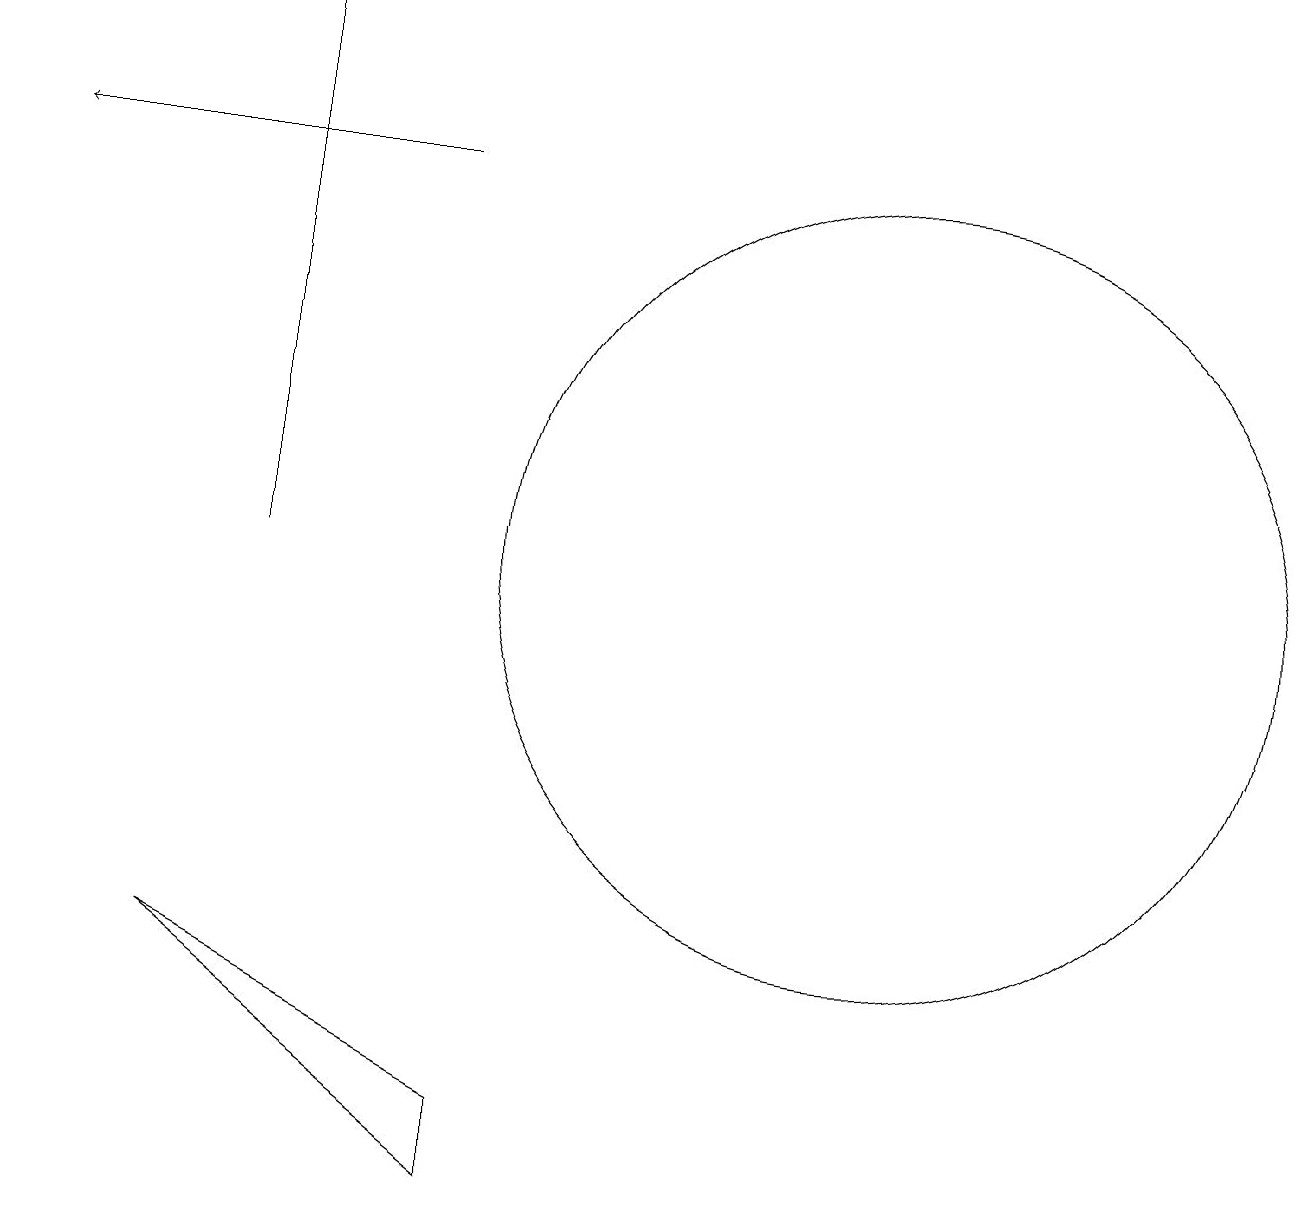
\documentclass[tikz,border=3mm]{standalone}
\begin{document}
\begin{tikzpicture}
\draw (3,17) rectangle (3,10);
\draw (2,5) -- (6,3) -- (6,2) -- cycle;
\draw[->] (5,15) -- (0,15);
\draw (11,10) circle (5);
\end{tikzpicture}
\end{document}